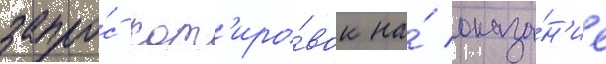
запро́с кот'иро́вок на́ оказа́н'ие